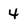
Character: 4